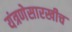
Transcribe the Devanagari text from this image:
यंत्रणेसारखीच